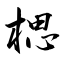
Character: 楒